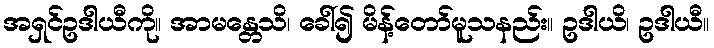
အရှင်ဥဒါယီကို။ အာမန္တေသိ၊ ခေါ်၍ မိန့်တော်မူသနည်း။ ဥဒါယိ၊ ဥဒါယီ။